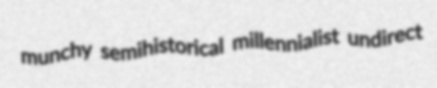
munchy semihistorical millennialist undirect